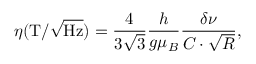
\eta \mathrm { ( T / } \sqrt { \mathrm { H z } } ) = \frac { 4 } { 3 \sqrt { 3 } } \frac { h } { g \mu _ { B } } \frac { \delta \nu } { C \cdot \sqrt { R } } ,